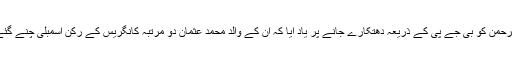
حبیب الرحمٰن کو بی جے پی کے ذریعہ دھتکارے جانے پر یاد آیا کہ ان کے والد محمد عثمان دو مرتبہ کانگریس کے رکن اسمبلی چنے گئے تھے۔